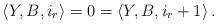
LaTeX: \begin{align*}\left\langle Y,B,i_{r}\right\rangle =0=\left\langle Y,B,i_{r}+1\right\rangle .\end{align*}